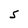
Character: S